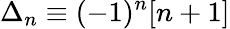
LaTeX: \Delta_{n}\equiv(-1)^{n}[n+1]